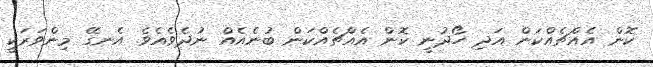
ކޮން އެއްޗެއްކަން އަދި ހޯދުނީ ކޮން އެއްޗެއްކަން ބުނެއެއް ނުދެވެއެވެ. އެނގޭ މިންވަރަކީ